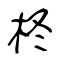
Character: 柊